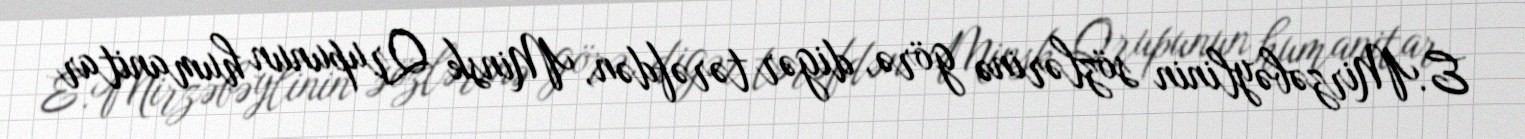
E.Mirzəbəylinin sözlərinə görə, digər tərəfdən, Minsk Qrupunun humanitar